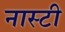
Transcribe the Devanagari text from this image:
नास्टी